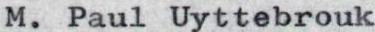
M. Paul Uyttebrouk